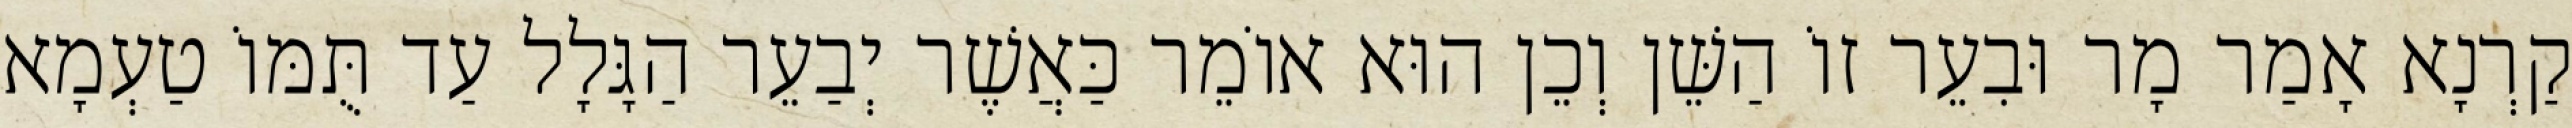
קַרְנָא אָמַר מָר וּבִעֵר זוֹ הַשֵּׁן וְכֵן הוּא אוֹמֵר כַּאֲשֶׁר יְבַעֵר הַגָּלָל עַד תֻּמּוֹ טַעְמָא